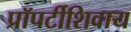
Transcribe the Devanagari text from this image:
प्रॉपर्टीशिवाय